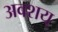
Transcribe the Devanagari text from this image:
अवशय्